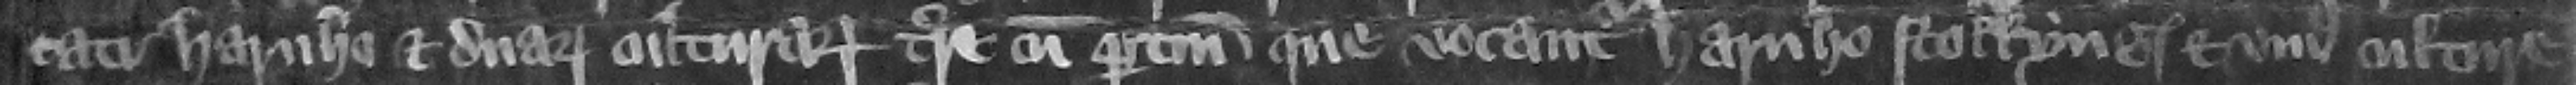
cati Harnho et duarum culturarum terre cum pertinenciis que vocantur Harnho Stokkyng et vnius culture